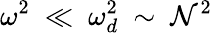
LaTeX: \omega^{2}~\ll~\omega_{d}^{2}~\sim~\mathcal{N}^{2}